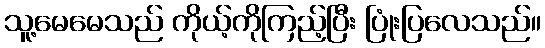
သူ့မေမေသည် ကိုယ့်ကိုကြည့်ပြီး ပြုံးပြလေသည်။